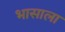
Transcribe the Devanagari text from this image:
भासाला